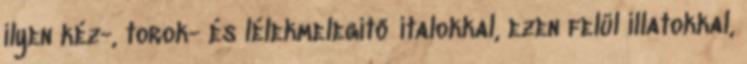
ilyen kéz-, torok- és lélekmelegítő italokkal, ezen felül illatokkal,